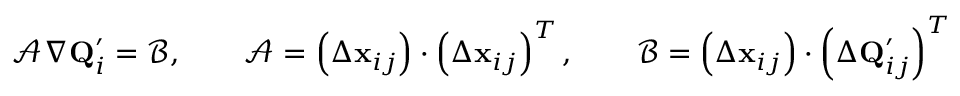
\mathcal { A } \nabla \mathbf { Q } _ { i } ^ { \prime } = \mathcal { B } , \qquad \mathcal { A } = \left( \Delta \mathbf { x } _ { { i j } } \right) \cdot \left( \Delta \mathbf { x } _ { { i j } } \right) ^ { T } , \qquad \mathcal { B } = \left( \Delta \mathbf { x } _ { { i j } } \right) \cdot \left( \Delta \mathbf { Q } _ { { i j } } ^ { \prime } \right) ^ { T }